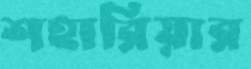
শহারিয়ার